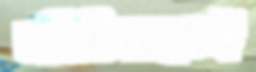
জীবিকাকেই